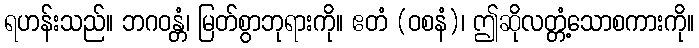
ရဟန်းသည်။ ဘဂဝန္တံ၊ မြတ်စွာဘုရားကို။ ဧတံ (ဝစနံ)၊ ဤဆိုလတ္တံ့သောစကားကို။